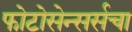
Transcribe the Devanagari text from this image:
फोटोसेन्सर्सचा